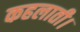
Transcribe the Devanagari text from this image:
कहलाती।